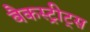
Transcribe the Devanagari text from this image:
बैकस्ट्रीट्स